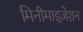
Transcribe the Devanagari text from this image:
मिनीमाइज़ेशन